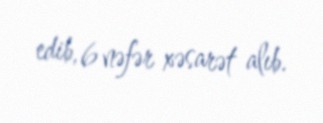
edib, 6 nəfər xəsarət alıb.